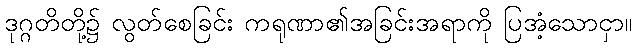
ဒုဂ္ဂတိတို့၌ လွတ်စေခြင်း ကရုဏာ၏အခြင်းအရာကို ပြအံ့သောငှာ။